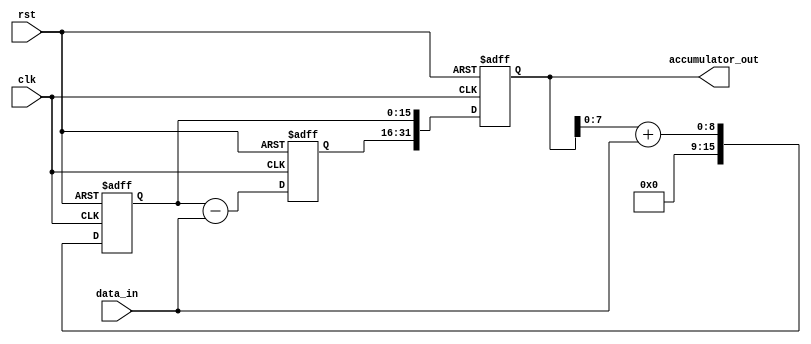
module PipelineAccumulator (
  input wire clk,
  input wire rst,
  input wire [7:0] data_in,
  output reg [31:0] accumulator_out
);

reg [31:0] accumulator;
reg [15:0] block1_out, block2_out, block3_out;

// Block 1 performs addition operation
always @(posedge clk or posedge rst) begin
  if (rst) begin
    block1_out <= 8'h00;
  end else begin
    block1_out <= accumulator[7:0] + data_in;
  end
end

// Block 2 performs subtraction operation
always @(posedge clk or posedge rst) begin
  if (rst) begin
    block2_out <= 16'h0000;
  end else begin
    block2_out <= block1_out[15:0] - data_in;
  end
end

// Block 3 performs addition operation
always @(posedge clk or posedge rst) begin
  if (rst) begin
    block3_out <= 16'h0000;
  end else begin
    block3_out <= block2_out[15:0] + data_in;
  end
end

// Accumulator collects results from each block
always @(posedge clk or posedge rst) begin
  if (rst) begin
    accumulator <= 32'h00000000;
  end else begin
    accumulator <= {block3_out, block2_out, block1_out};
  end
end

// Output the final accumulator value
assign accumulator_out = accumulator;

endmodule